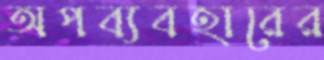
অপব্যবহারের